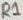
Text: R1